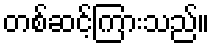
တစ်ဆင့်ကြားသည်။